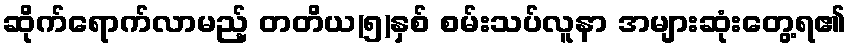
ဆိုက်ရောက်လာမည့် တတိယ(၅)နှစ် စမ်းသပ်လူနာ အများဆုံးတွေ့ရ၏